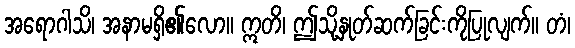
အရောဂါသိ၊ အနာမရှိ၏လော။ ဣတိ၊ ဤသို့နှုတ်ဆက်ခြင်းကိုပြုလျက်။ တံ၊